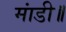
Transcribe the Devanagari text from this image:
मांडी॥